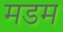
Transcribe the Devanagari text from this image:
मडम